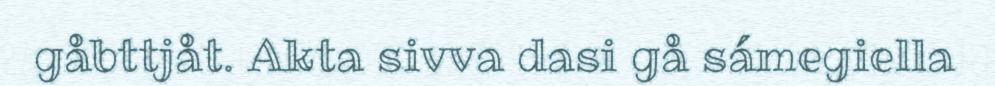
gåbttjåt. Akta sivva dasi gå sámegiella